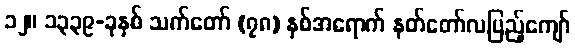
၁၂။ ၁၃၃၉-ခုနှစ် သက်တော် (၇၈) နှစ်အရောက် နတ်တော်လပြည့်ကျော်